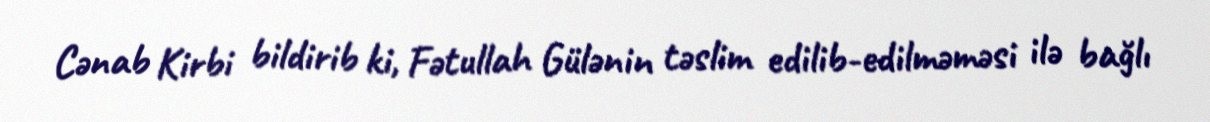
Cənab Kirbi bildirib ki, Fətullah Gülənin təslim edilib-edilməməsi ilə bağlı